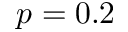
p = 0 . 2